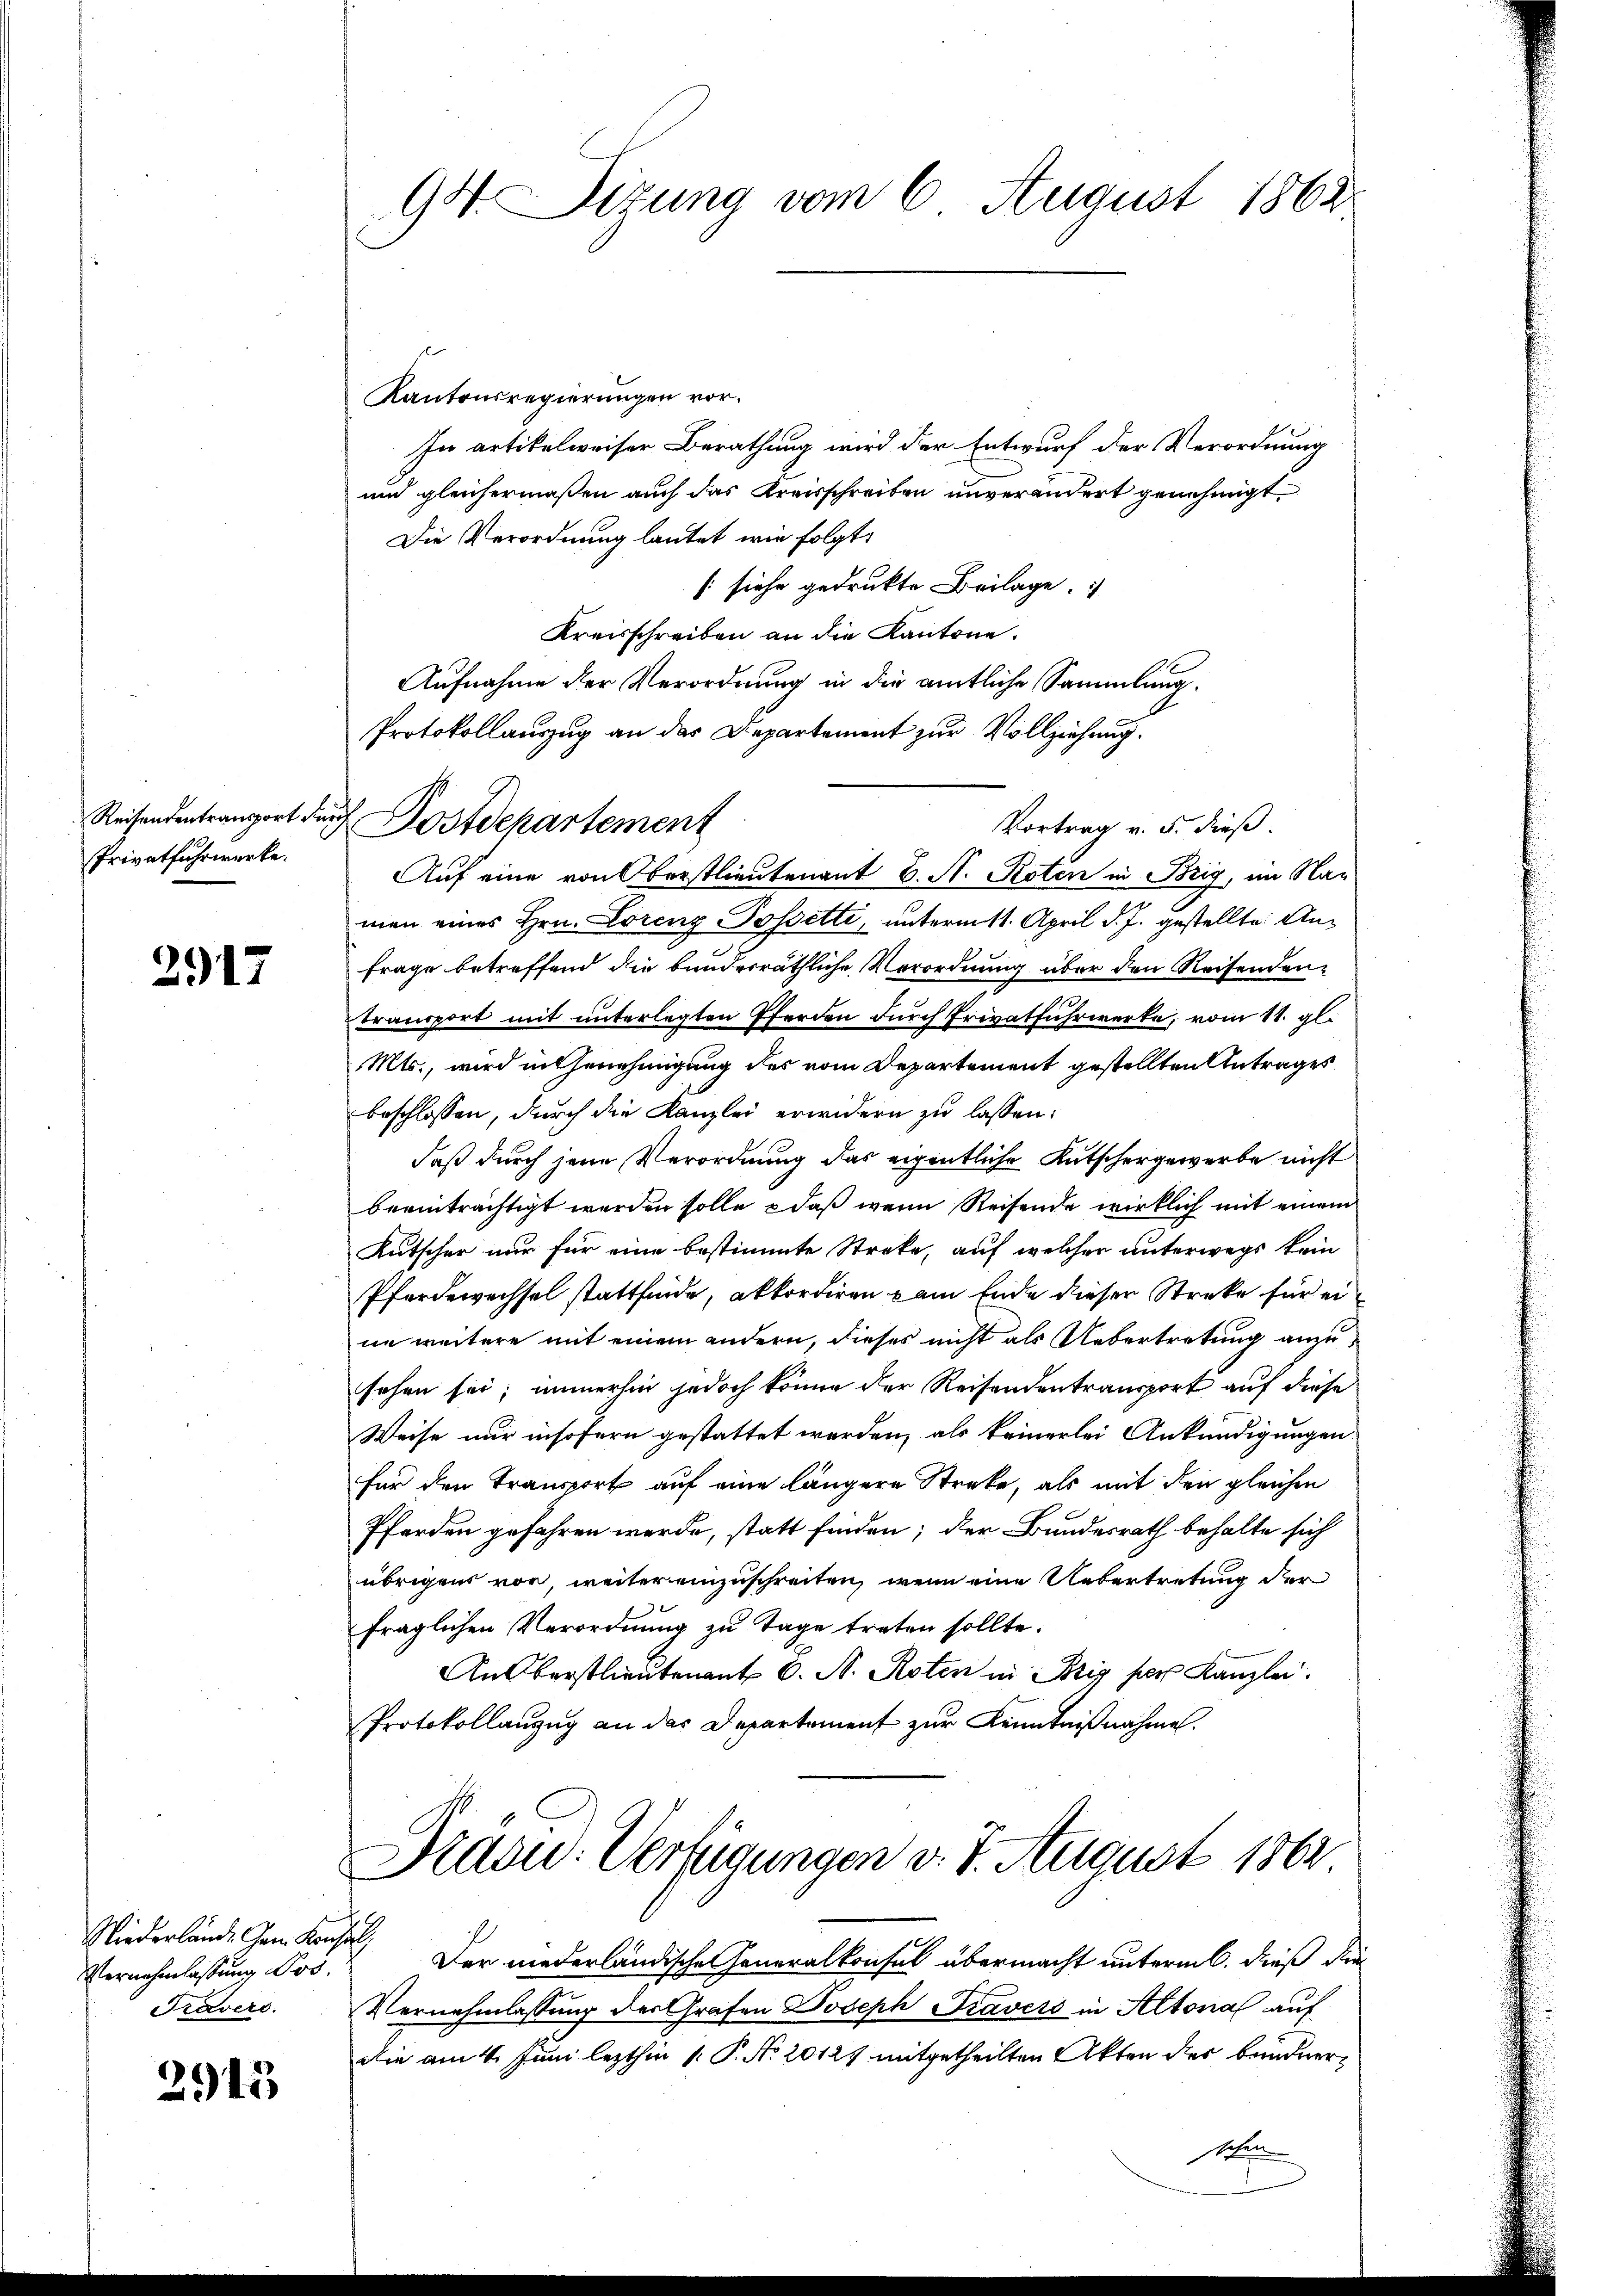
Reisendentransport de
Privatfuhrwerke.

2917

Niederlände Gem. Kons.
Vernehmlassung Jos.
Travers.

2915

94. Sizung vom 6. August 1862

Postdepartement

Kantonsregierungen vor.
In artikelweiser Berathung wird der Entwurf der Verordnung
und gleichermaßen auch das Kreisschreiben unverändert genehmigt.
Die Verordnung lautet wie folgt,
[siehe gedruckte Beilage.
Kreisschreiben an die Kantone.
Aufnahme der Verordnung in die amtliche Sammlung.
Protokollauszug an das Departement zur Vollziehung.
Vortrag v. 5. dieß.
Auf eine von Oberstlieutenant C. A. Roten in Brig, im Namen eines Hrn. Lorenz Possetti, unterm 11. April d. J. gestellte An¬
Frage betreffend die bundesräthliche Verordnung über den Reisenden-
transport mit unterlegten Pferden durch Privatfuhrwerke, vom 11. gl.
Mts., wird in Genehmigung des vom Departement gestellten Antrages
beschlossen, durch die Kanzlei erwidern zu lassen:
daß durch jene Verordnung das eigentliche Kutschergewerbe nicht
beeinträchtigt werden solle, daß wenn Reisende wirklich mit einem
Kutscher nur für eine bestimmte Streke, auf welcher unterwegs kein
Pferdewechsel stattfinde, akkordiren am Ende dieser Streke für eine weitere mit einem andern, dieses nicht als Uebertretung anzusehen sei; immerhin jedoch könne der Reisendentransport auf diese
Weise nur insofern gestattet werden, als keinerlei Ankündigungen
für den Transport auf eine längere Streke, als mit den gleichen
Pferden gefahren werde, statt finden; der Bundesrath behalte sich
übrigens vor weiter einzuschreiten, wenn eine Uebertretung der
fraglichen Verordnung zu Tage treten sollte.
An Oberstlieutenant 6. A. Roten in Brig per Kanzlei.
Protokollanzug an das Departement zur Kenntnißnahme.

Stasu: Verfügungen v. 7. August 1862

s
Der niederländische Generalkonsul übermacht untermit, dieß die
Vernehmlassung des Grafen Joseph Travers in Altonal auf
die am 4. Juni lezthin 1. P. No 20127 mitgetheilten Akten des Bandnertehen